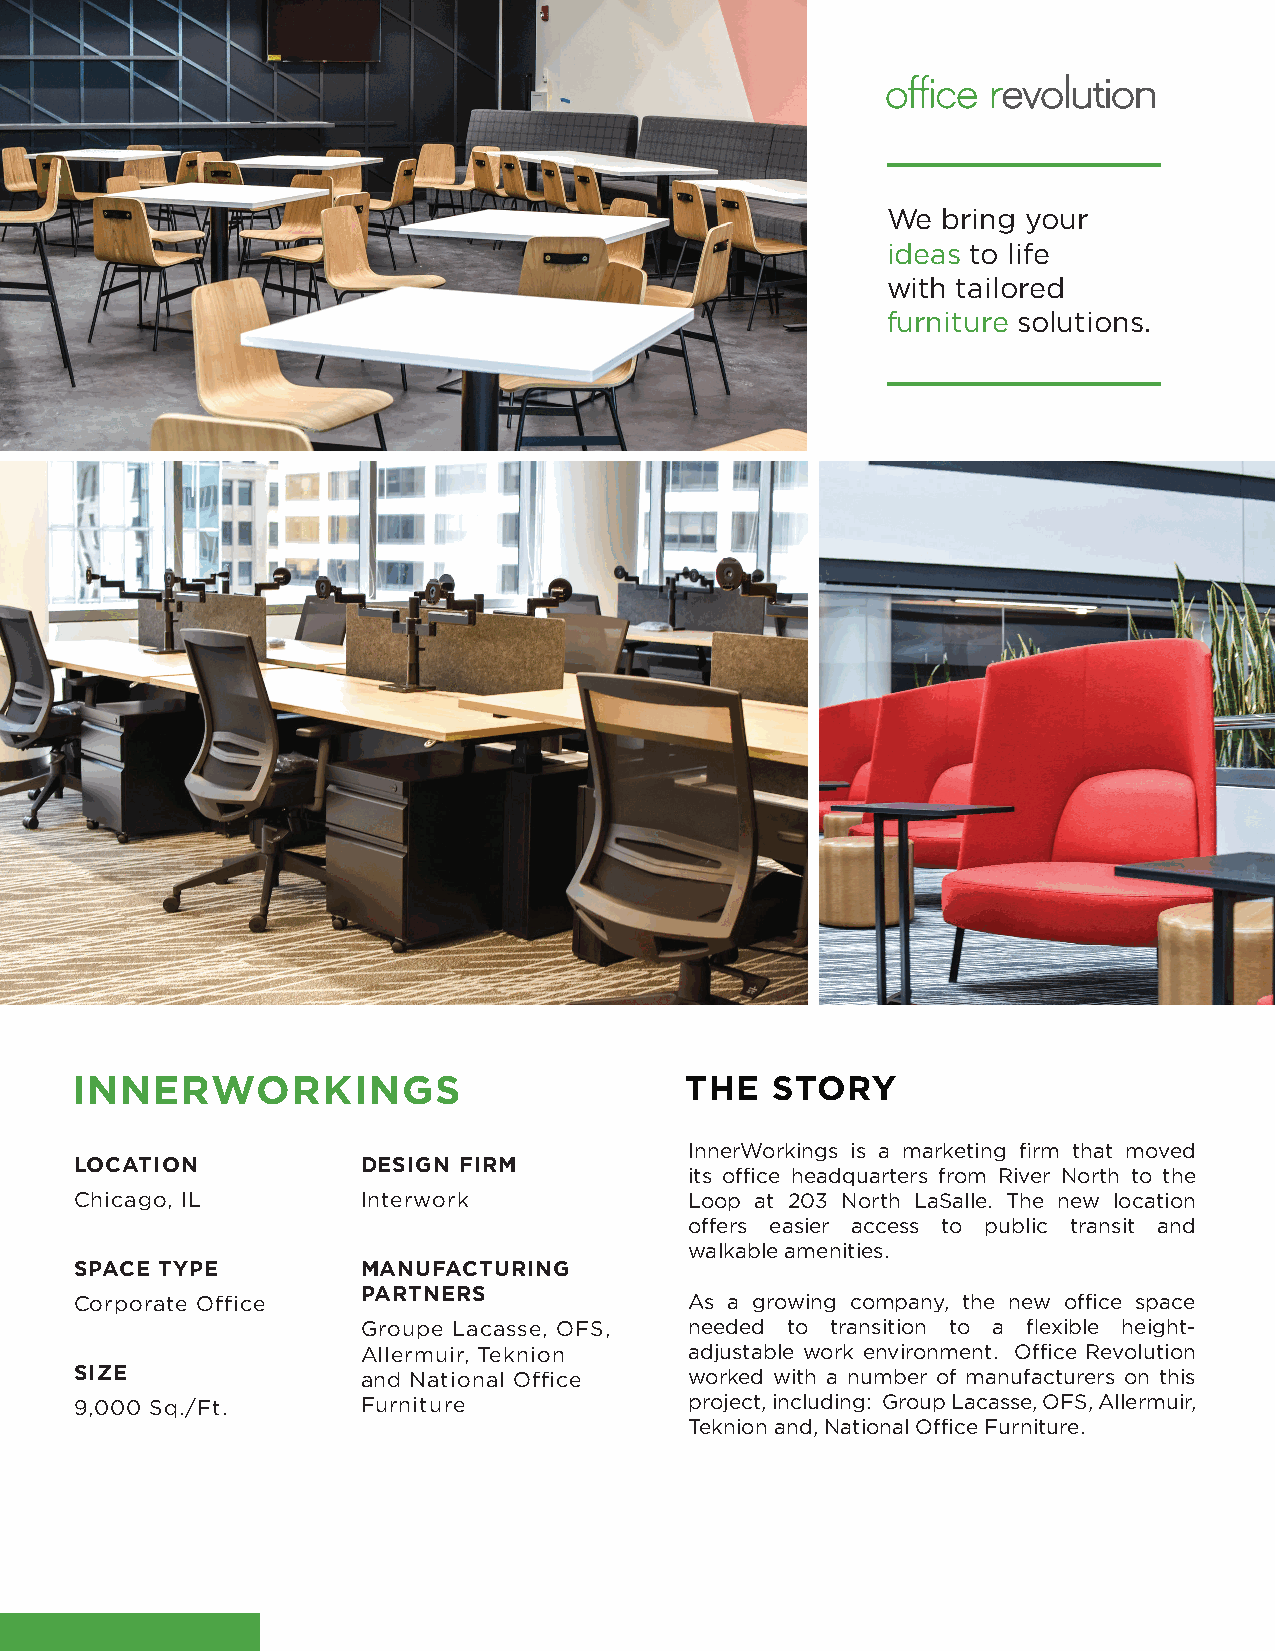
We bring your
 ideas to life
 with tailored
 furniture solutions.
 INNERWORKINGS                           THE   STORY
 InnerWorkings is a marketing firm that moved
 LOCATION           DESIGN FIRM
 its office headquarters from River North to the
 Chicago, IL        Interwork             Loop at 203 North LaSalle. The new location
 offers easier access to public transit and
 walkable amenities.
 SPACE TYPE         MANUFACTURING
 PARTNERS
 Corporate Office                         As a growing company, the new office space
 Groupe Lacasse, OFS,  needed to transition to a flexible height-
 Allermuir, Teknion    adjustable work environment. Office Revolution
 SIZE               and National Office   worked with a number of manufacturers on this
 9,000 Sq./Ft.      Furniture             project, including: Group Lacasse, OFS, Allermuir,
 Teknion and, National Office Furniture.